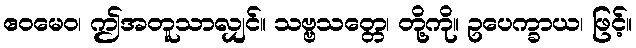
ဧဝမေဝ၊ ဤအတူသာလျှင်။ သဗ္ဗသတ္တေ၊ တို့ကို။ ဥပေက္ခာယ၊ ဖြင့်။